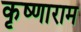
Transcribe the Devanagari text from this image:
कृष्णाराम